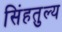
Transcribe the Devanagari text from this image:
सिंहतुल्य